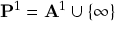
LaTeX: \mathbf { P } ^ { 1 } = \mathbf { A } ^ { 1 } \cup \{ \infty \}